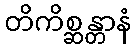
တိကိစ္ဆန္တာနံ